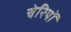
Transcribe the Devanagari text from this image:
चेरियों